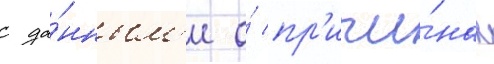
с да́нным'и о́ пр'ичи́нах